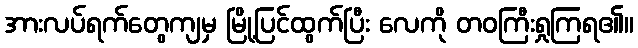
အားလပ်ရက်တွေကျမှ မြို့ပြင်ထွက်ပြီး လေကို တဝကြီးရှုကြရ၏။